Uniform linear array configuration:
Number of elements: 32
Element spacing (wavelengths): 0.75
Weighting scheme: uniform
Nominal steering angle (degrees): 45
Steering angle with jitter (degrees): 46.436
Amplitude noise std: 0.05
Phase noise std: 0.05

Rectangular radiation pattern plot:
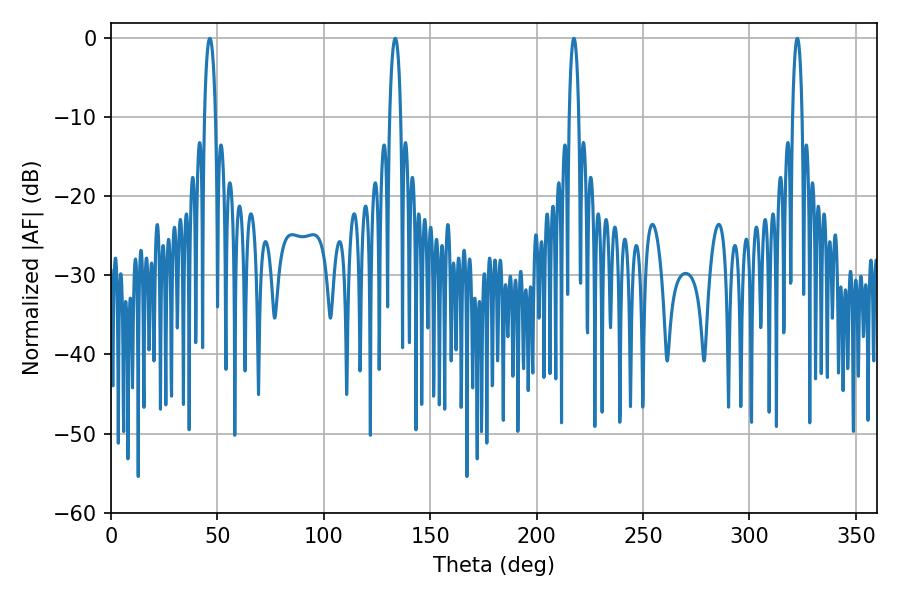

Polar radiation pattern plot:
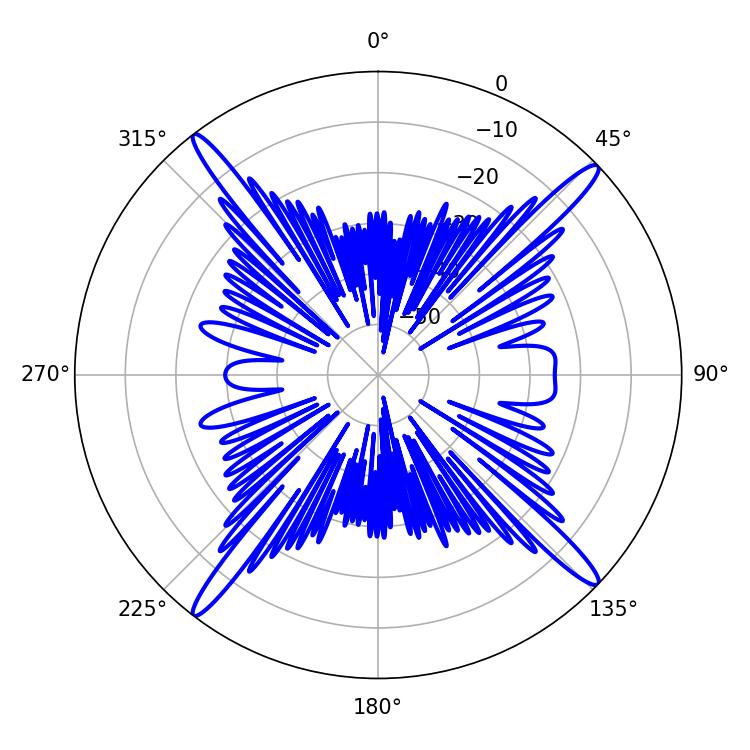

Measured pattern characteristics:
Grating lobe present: TRUE
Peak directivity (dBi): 19.266
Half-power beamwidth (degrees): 2.88
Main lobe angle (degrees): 46.44